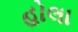
હોલા